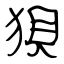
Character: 狽